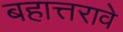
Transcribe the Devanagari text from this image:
बहात्तरावे